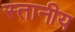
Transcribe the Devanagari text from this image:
स्तानीय